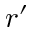
r ^ { \prime }